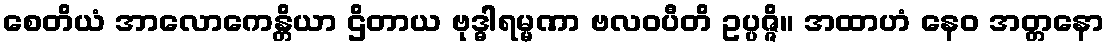
စေတိယံ အာလောကေန္တိယာ ဌိတာယ ဗုဒ္ဓါရမ္မဏာ ဗလဝပီတိ ဥပ္ပဇ္ဇိ။ အထာဟံ နေဝ အတ္တနော